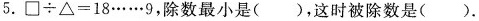
5.□÷△=18……9，除数最小是()，这时被除数是()。